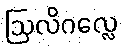
ဩလိဂလ္လေ